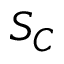
S _ { C }